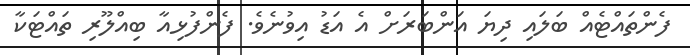
ފެންތައްޓެއް ބަލައި ދިޔަ އަންބަރަށް އެ އަޑު އިވުނެވެ. ފެންފުޅިއާ ބިއްލޫރި ތައްޓަކާ